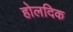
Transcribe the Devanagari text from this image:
होलदिक